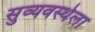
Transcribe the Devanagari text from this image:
सुव्यवस्थेला